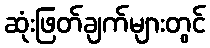
ဆုံးဖြတ်ချက်များတွင်